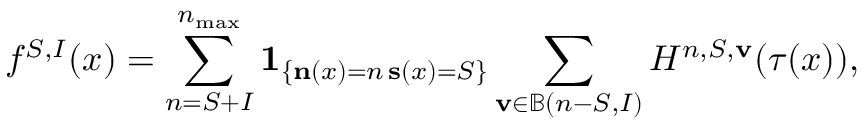
f ^ { S , I } ( x ) = \sum _ { n = S + I } ^ { n _ { \operatorname* { m a x } } } \mathbf { 1 } _ { \left\{ \substack { \mathbf { n } ( x ) = n \, \mathbf { s } ( x ) = S } \right\} } \sum _ { \mathbf { v } \in \mathbb { B } ( n - S , I ) } H ^ { n , S , \mathbf { v } } ( \tau ( x ) ) ,